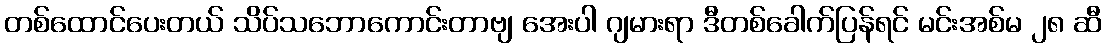
တစ်ထောင်ပေးတယ် သိပ်သဘောကောင်းတာဗျ အေးပါ ဂျမားရာ ဒီတစ်ခေါက်ပြန်ရင် မင်းအစ်မ ၂၈ ဆီ